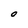
Character: O